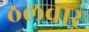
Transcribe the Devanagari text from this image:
ठलवार